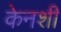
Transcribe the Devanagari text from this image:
केनशी